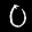
Label: 0